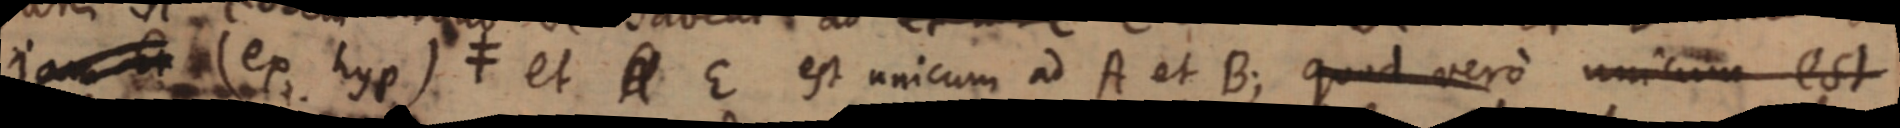
_ (ex hyp) ≠ et _ E est unicum ad A et B; quod vero unicum est